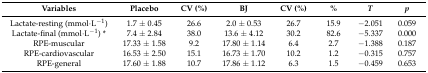
<table><thead><tr><td><b>Variables</b></td><td><b>Placebo</b></td><td><b>CV (%)</b></td><td><b>BJ</b></td><td><b>CV (%)</b></td><td><b>%</b></td><td><b><i>T</i></b></td><td><b><i>p</i></b></td></tr></thead><tbody><tr><td>Lactate-resting (mmol·L<sup>−1</sup>)</td><td>1.7 ± 0.45</td><td>26.6</td><td>2.0 ± 0.53</td><td>26.7</td><td>15.9</td><td>−2.051</td><td>0.059</td></tr><tr><td>Lactate-final (mmol·L<sup>−1</sup>) *</td><td>7.4 ± 2.84</td><td>38.0</td><td>13.6 ± 4.12</td><td>30.2</td><td>82.6</td><td>−5.337</td><td>0.000</td></tr><tr><td>RPE-muscular</td><td>17.33 ± 1.58</td><td>9.2</td><td>17.80 ± 1.14</td><td>6.4</td><td>2.7</td><td>−1.388</td><td>0.187</td></tr><tr><td>RPE-cardiovascular</td><td>16.53 ± 2.50</td><td>15.1</td><td>16.73 ± 1.70</td><td>10.2</td><td>1.2</td><td>−0.315</td><td>0.757</td></tr><tr><td>RPE-general</td><td>17.60 ± 1.88</td><td>10.7</td><td>17.86 ± 1.12</td><td>6.3</td><td>1.5</td><td>−0.459</td><td>0.653</td></tr></tbody></table>